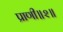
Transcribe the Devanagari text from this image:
प्राणी॥२॥